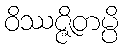
ဝိဿဇ္ဇိတမ္ပိ